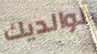
لوالديك